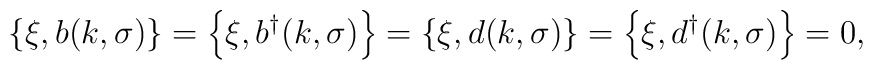
\left\{ \xi , b(k, \sigma) \right\} = \left\{ \xi, b^\dagger (k, \sigma)  \right\} = \left\{ \xi, d(k, \sigma) \right\} = \left\{ \xi , d^\dagger (k,  \sigma) \right\} = 0 ,